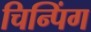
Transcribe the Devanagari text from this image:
चिन्पिंग